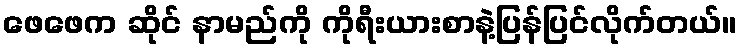
ဖေဖေက ဆိုင် နာမည်ကို ကိုရီးယားစာနဲ့ပြန်ပြင်လိုက်တယ်။